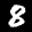
Label: 8